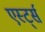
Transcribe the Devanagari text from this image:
एर्स्ट्स